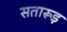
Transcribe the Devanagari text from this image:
सतारूड़